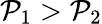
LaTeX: \mathcal{P}_{1}>\mathcal{P}_{2}